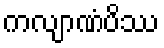
ကလျာဏံပိဿ